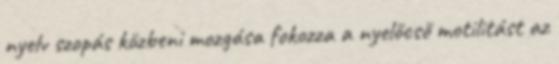
nyelv szopás közbeni mozgása fokozza a nyelőcső motilitást az